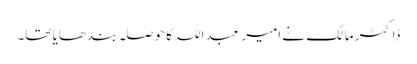
ڈاکٹر مالک نے امیر عبد اللہ کا حوصلہ بندھایا تھا۔